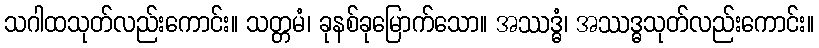
သဂါထသုတ်လည်းကောင်း။ သတ္တမံ၊ ခုနစ်ခုမြောက်သော။ အဿဒ္ဓံ၊ အဿဒ္ဓသုတ်လည်းကောင်း။